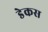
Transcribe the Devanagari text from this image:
डेकस